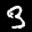
Label: 3